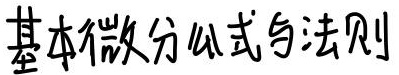
基本微分公式与法则